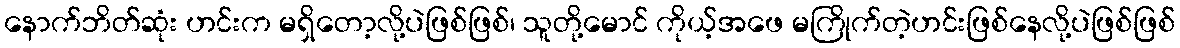
နောက်ဘိတ်ဆုံး ဟင်းက မရှိတော့လို့ပဲဖြစ်ဖြစ်၊ သူတို့မောင် ကိုယ့်အဖေ မကြိုက်တဲ့ဟင်းဖြစ်နေလို့ပဲဖြစ်ဖြစ်